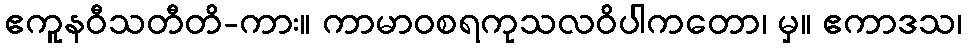
ဧကူနဝီသတီတိ-ကား။ ကာမာဝစရကုသလဝိပါကတော၊ မှ။ ဧကာဒသ၊